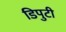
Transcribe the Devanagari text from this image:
डिपुटी